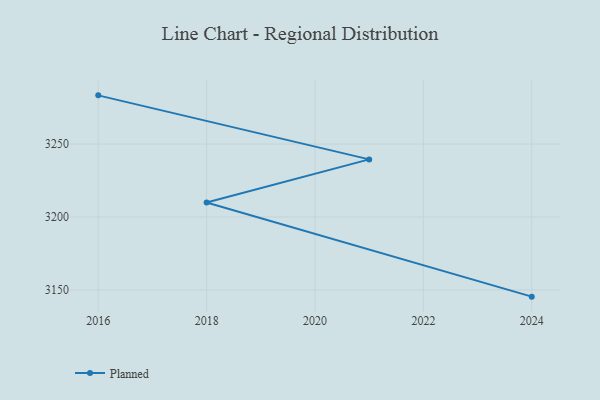
{"axis": {"x": "Year", "y": "Market Share (%)"}, "legend": ["Planned"], "data": [{"x": "2024", "y": 3145.4, "type": "Planned"}, {"x": "2018", "y": 3209.9, "type": "Planned"}, {"x": "2021", "y": 3239.5, "type": "Planned"}, {"x": "2016", "y": 3283.4, "type": "Planned"}]}